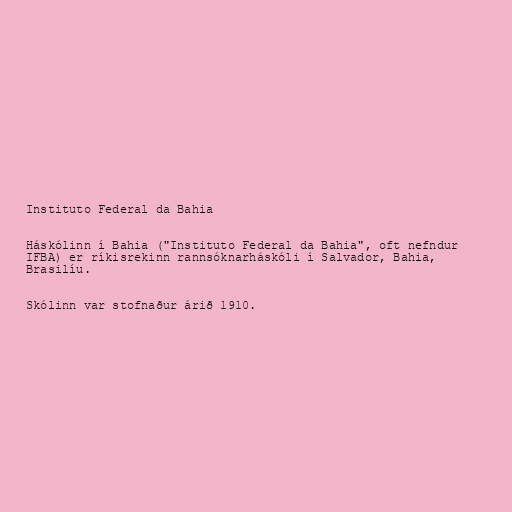
Instituto Federal da Bahia

Háskólinn í Bahia ("Instituto Federal da Bahia", oft nefndur
IFBA) er ríkisrekinn rannsóknarháskóli í Salvador, Bahia,
Brasilíu.

Skólinn var stofnaður árið 1910.